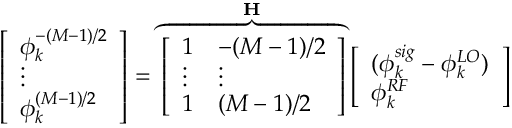
\left[ \begin{array} { l } { \phi _ { k } ^ { - ( M - 1 ) / 2 } } \\ { \vdots } \\ { \phi _ { k } ^ { ( M - 1 ) / 2 } } \end{array} \right] = \overbrace { \left[ \begin{array} { l l } { 1 } & { - ( M - 1 ) / 2 } \\ { \vdots } & { \vdots } \\ { 1 } & { ( M - 1 ) / 2 } \end{array} \right] } ^ { \mathbf { H } } \left[ \begin{array} { l } { ( \phi _ { k } ^ { s i g } - \phi _ { k } ^ { L O } ) } \\ { \phi _ { k } ^ { R F } } \end{array} \right]